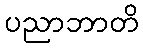
ပညာဘာတိ